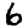
Digit: 6